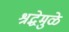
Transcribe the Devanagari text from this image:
श्रद्धेमुळे